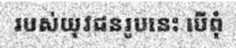
របស់យុវជនរូបនេះ បើពុំ